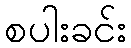
စပါးခင်း